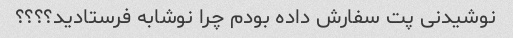
نوشیدنی پت سفارش داده بودم چرا نوشابه فرستادید؟؟؟؟